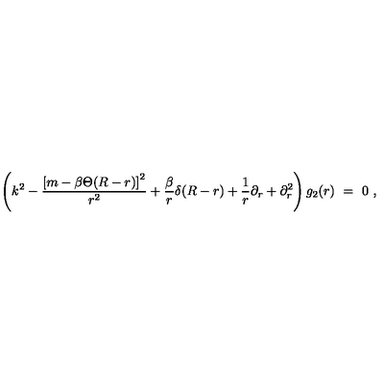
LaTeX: \left( k ^ { 2 } - \frac { \left[ m - \beta \Theta ( R - r ) \right] ^ { 2 } } { r ^ { 2 } } + \frac { \beta } { r } \delta ( R - r ) + \frac 1 r \partial _ { r } + \partial _ { r } ^ { 2 } \right) g _ { 2 } ( r ) \ = \ 0 \ ,